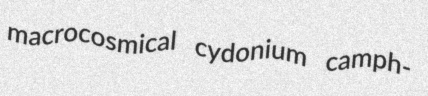
macrocosmical cydonium camph-